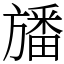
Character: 旙